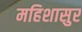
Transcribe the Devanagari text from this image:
महिशासुर